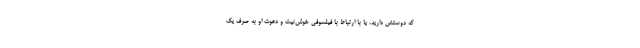
که دوستش دارید، یا با ارتباط با فیلسوفی خوش‌نیت و دعوت او به صرف یک